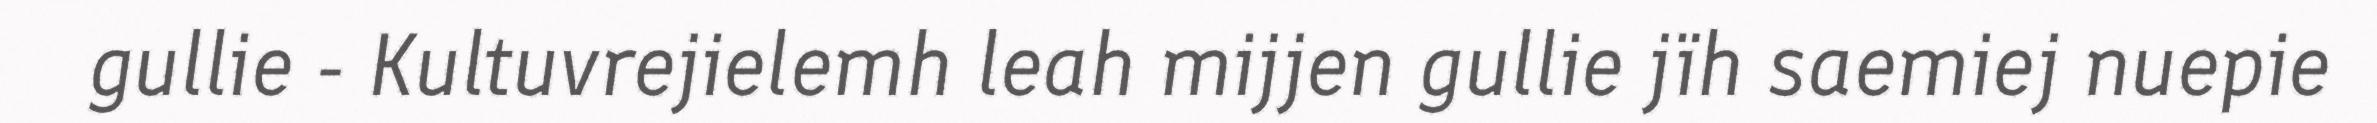
gullie - Kultuvrejielemh leah mijjen gullie jïh saemiej nuepie